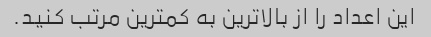
این اعداد را از بالاترین به کمترین مرتب کنید.